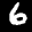
Label: 6